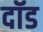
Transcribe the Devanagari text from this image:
दॉड